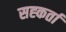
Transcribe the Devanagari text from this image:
सह्कर्ता